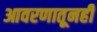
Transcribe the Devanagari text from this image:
आवरणातूनही